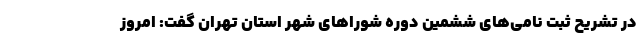
در تشریح ثبت نامی‌های ششمین دوره شوراهای شهر استان تهران گفت: امروز